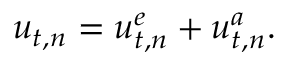
\begin{array} { r } { u _ { t , n } = u _ { t , n } ^ { e } + u _ { t , n } ^ { a } . } \end{array}